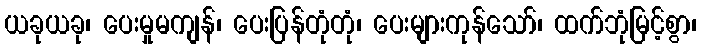
ယခုယခု၊ ပေးမှုမကျန်၊ ပေးပြန်တုံတုံ၊ ပေးများကုန်သော်၊ ထက်ဘုံမြင့်စွာ၊